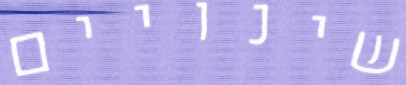
שינויים